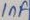
Text: 1µF